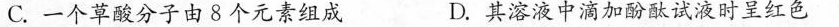
C.一个草酸分子由8个元素组成 D.其溶液中滴加酚酞试液时呈红色